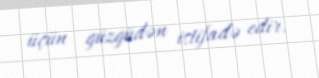
üçün güzgüdən istifadə edir.